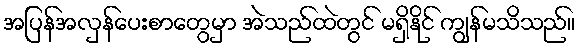
အပြန်အလှန်ပေးစာတွေမှာ အဲသည်ထဲတွင် မရှိနိုင် ကျွန်မသိသည်။